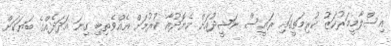
އިސްލާމީމަރުކަޒު ކުރިމަތީގައި ރައީސް ނަޝީދުއަށް ހެޔޮދުއާ ކުރުމަށް އެއްވެތިބި ގިނަ އަދަދެއްގެ ބަޔަކަށް